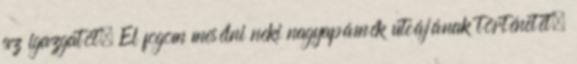
az igazgatót. El fogom mesélni neki nagyapámék utcájának történetét.